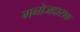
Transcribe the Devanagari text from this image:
मनोजदासक